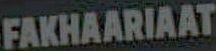
FAKHAARIAAT